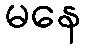
မနေ